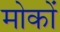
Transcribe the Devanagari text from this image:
मोकों